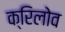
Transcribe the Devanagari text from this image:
क्रिलोव